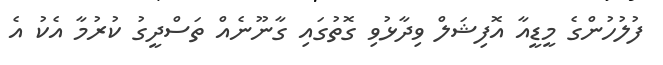
ފުލުހުންގެ މީޑީއާ އޮފިޝަލް ވިދާޅުވި ގޮތުގައި ގާނޫނެއް ތަސްދީގު ކުރުމާ އެކު އެ